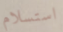
استسلام